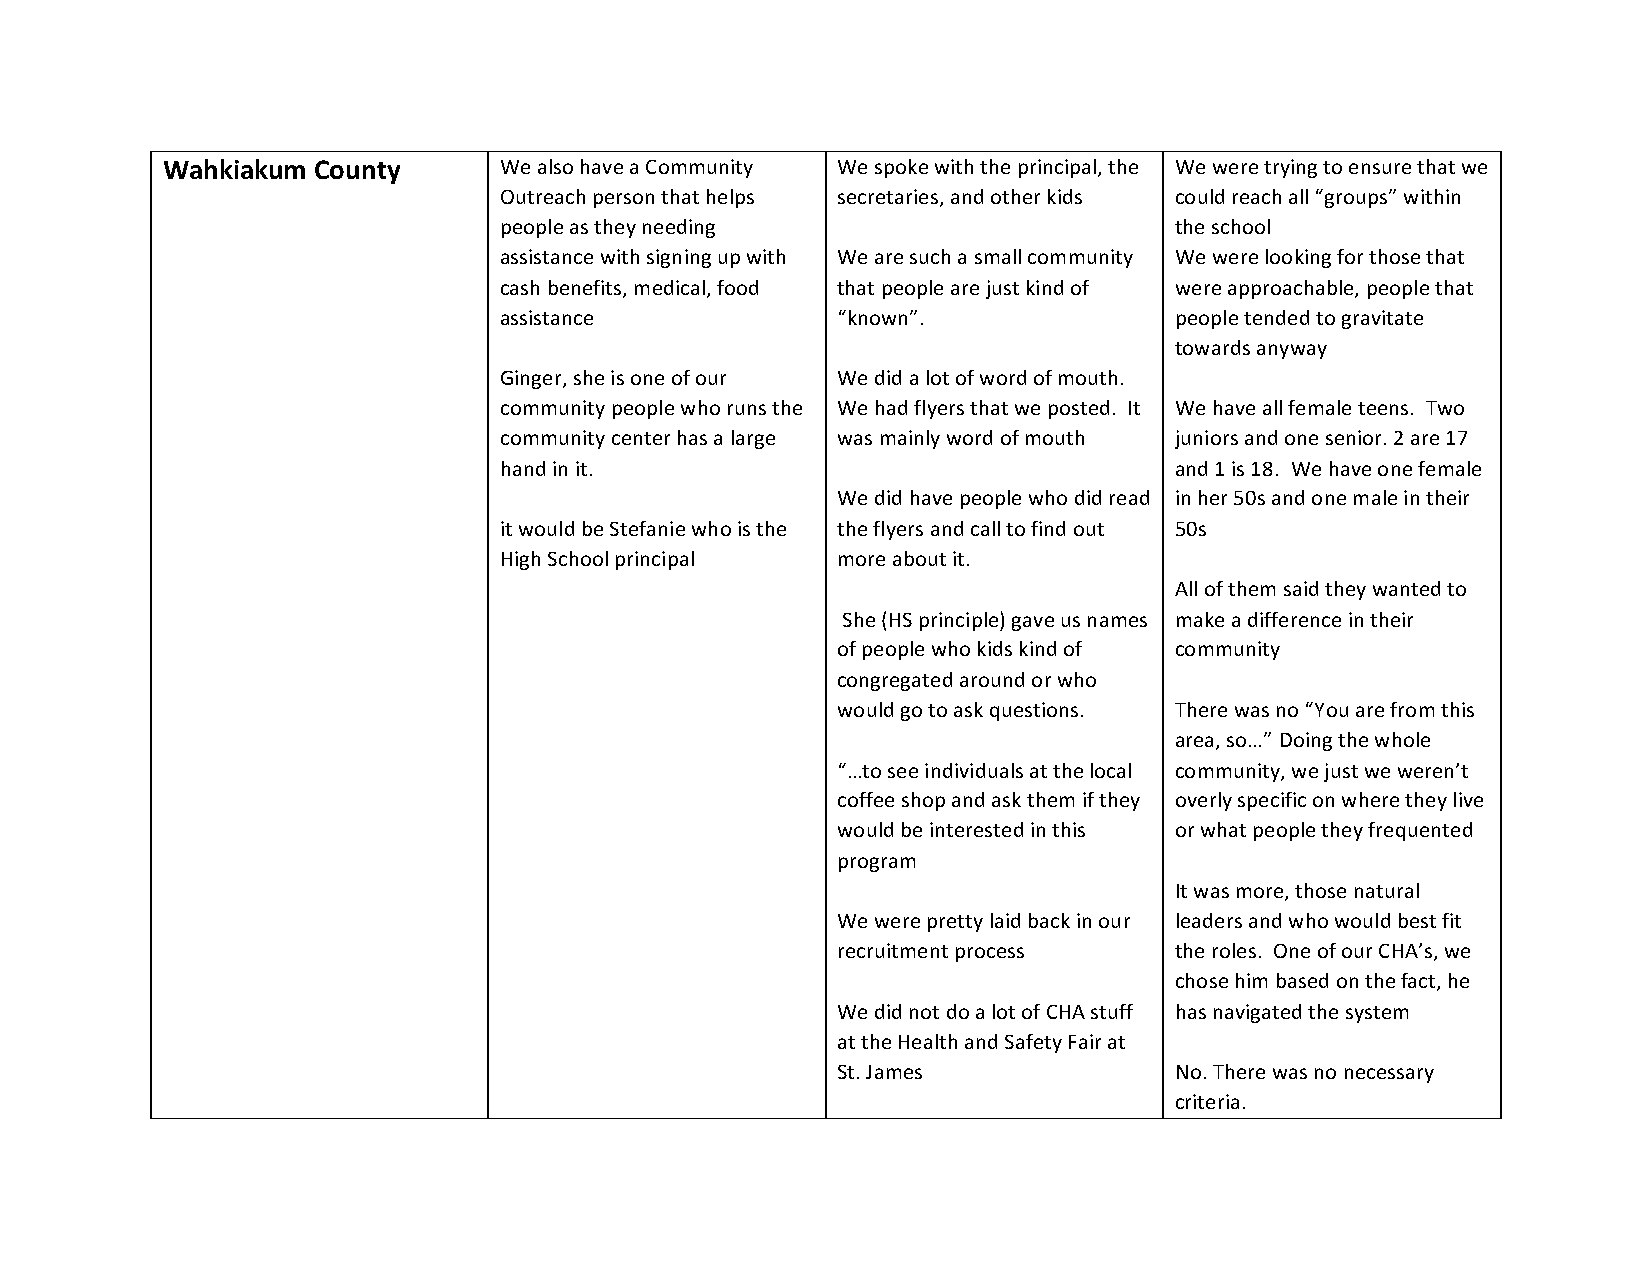
Wahkiakum County      We also have a Community We spoke with the principal, the We were trying to ensure that we
 Outreach person that helps secretaries, and other kids could reach all “groups” within
 people as they needing                       the school
 assistance with signing up with We are such a small community We were looking for those that
 cash benefits, medical, food that people are just kind of were approachable, people that
 assistance            “known”.               people tended to gravitate
 towards anyway
 Ginger, she is one of our We did a lot of word of mouth.
 community people who runs the We had flyers that we posted. It We have all female teens. Two
 community center has a large was mainly word of mouth juniors and one senior. 2 are 17
 hand in it.                                  and 1 is 18. We have one female
 We did have people who did read in her 50s and one male in their
 it would be Stefanie who is the the flyers and call to find out 50s
 High School principal more about it.
 All of them said they wanted to
 She (HS principle) gave us names make a difference in their
 of people who kids kind of community
 congregated around or who
 would go to ask questions. There was no “You are from this
 area, so…” Doing the whole
 “…to see individuals at the local community, we just we weren’t
 coffee shop and ask them if they overly specific on where they live
 would be interested in this or what people they frequented
 program
 It was more, those natural
 We were pretty laid back in our leaders and who would best fit
 recruitment process    the roles. One of our CHA’s, we
 chose him based on the fact, he
 We did not do a lot of CHA stuff has navigated the system
 at the Health and Safety Fair at
 St. James              No. There was no necessary
 criteria.